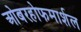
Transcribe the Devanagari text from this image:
ओबरहोफमार्शल